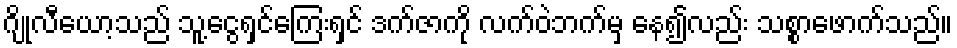
ဂျိုလီယော့သည် သူ့ငွေရှင်ကြေးရှင် ဒက်ဇာကို လက်ဝဲဘက်မှ နေ၍လည်း သစ္စာဖောက်သည်။